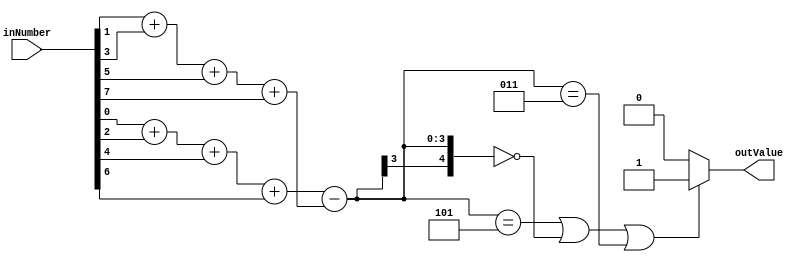
module div_checker(
    input wire [7:0] inNumber,
    output wire outValue
);

    wire [2:0] count_odd;
    wire [2:0] count_even;

    assign count_odd = inNumber[0] + inNumber[2] + inNumber[4] + inNumber[6];
    assign count_even = inNumber[1] + inNumber[3] + inNumber[5] + inNumber[7];

    wire signed [4:0] reminder; //      signed
    //  =       
    assign reminder = count_odd - count_even;

    assign outValue = (reminder == (-3) || reminder == 0 || reminder == 3) ? 1 : 0;

endmodule


module div_checker_2(   //     
    input wire [7:0] inNumber,
    output wire outValue
);

    // 8   4  2     (  2'b11 = 3  )
    wire [1:0] reminder_1 [3:0];
    assign reminder_1[3] = (inNumber[7:6] == 2'b11) ? 2'b0 : inNumber[7:6];
    assign reminder_1[2] = (inNumber[5:4] == 2'b11) ? 2'b0 : inNumber[5:4];
    assign reminder_1[1] = (inNumber[3:2] == 2'b11) ? 2'b0 : inNumber[3:2];
    assign reminder_1[0] = (inNumber[1:0] == 2'b11) ? 2'b0 : inNumber[1:0];

    //      
    wire [1:0] reminder_2 [1:0];
    assign reminder_2[1] =
        ((reminder_1[3] ^ reminder_1[2]) == 2'b11) ? 2'b00 : //b11       b10  b01
        (reminder_1[3][1] && reminder_1[2][1]) ? 2'b01 : reminder_1[3] + reminder_1[2]; //overflow

    assign reminder_2[0] =
        ((reminder_1[1] ^ reminder_1[0]) == 2'b11) ? 2'b00 :
            (reminder_1[1][1] && reminder_1[0][1]) ? 2'b01 : reminder_1[1] + reminder_1[0];

    assign outValue =
        ((reminder_2[1] + reminder_2[0] == 3'd0) || (reminder_2[1] + reminder_2[0] == 3'd3)) ? 1 : 0 ;

endmodule   //    generate

//     ,